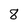
Character: 8